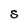
Character: S